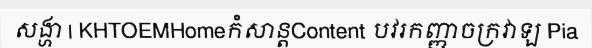
សង្ហា | KHTOEMHomeកំសាន្តContent បវរកញ្ញាចក្រវាឡ Pia